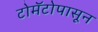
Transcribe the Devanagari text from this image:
टोमॅटोपासून